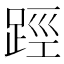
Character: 踁